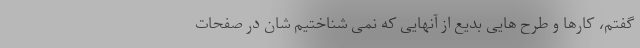
گفتم، کارها و طرح هایی بدیع از آنهایی که نمی شناختیم شان در صفحات